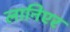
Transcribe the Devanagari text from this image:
लानिएर